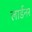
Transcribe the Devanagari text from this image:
लार्डनर